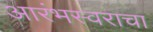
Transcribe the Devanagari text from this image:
आरंभस्वराचा